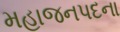
મહાજનપદના